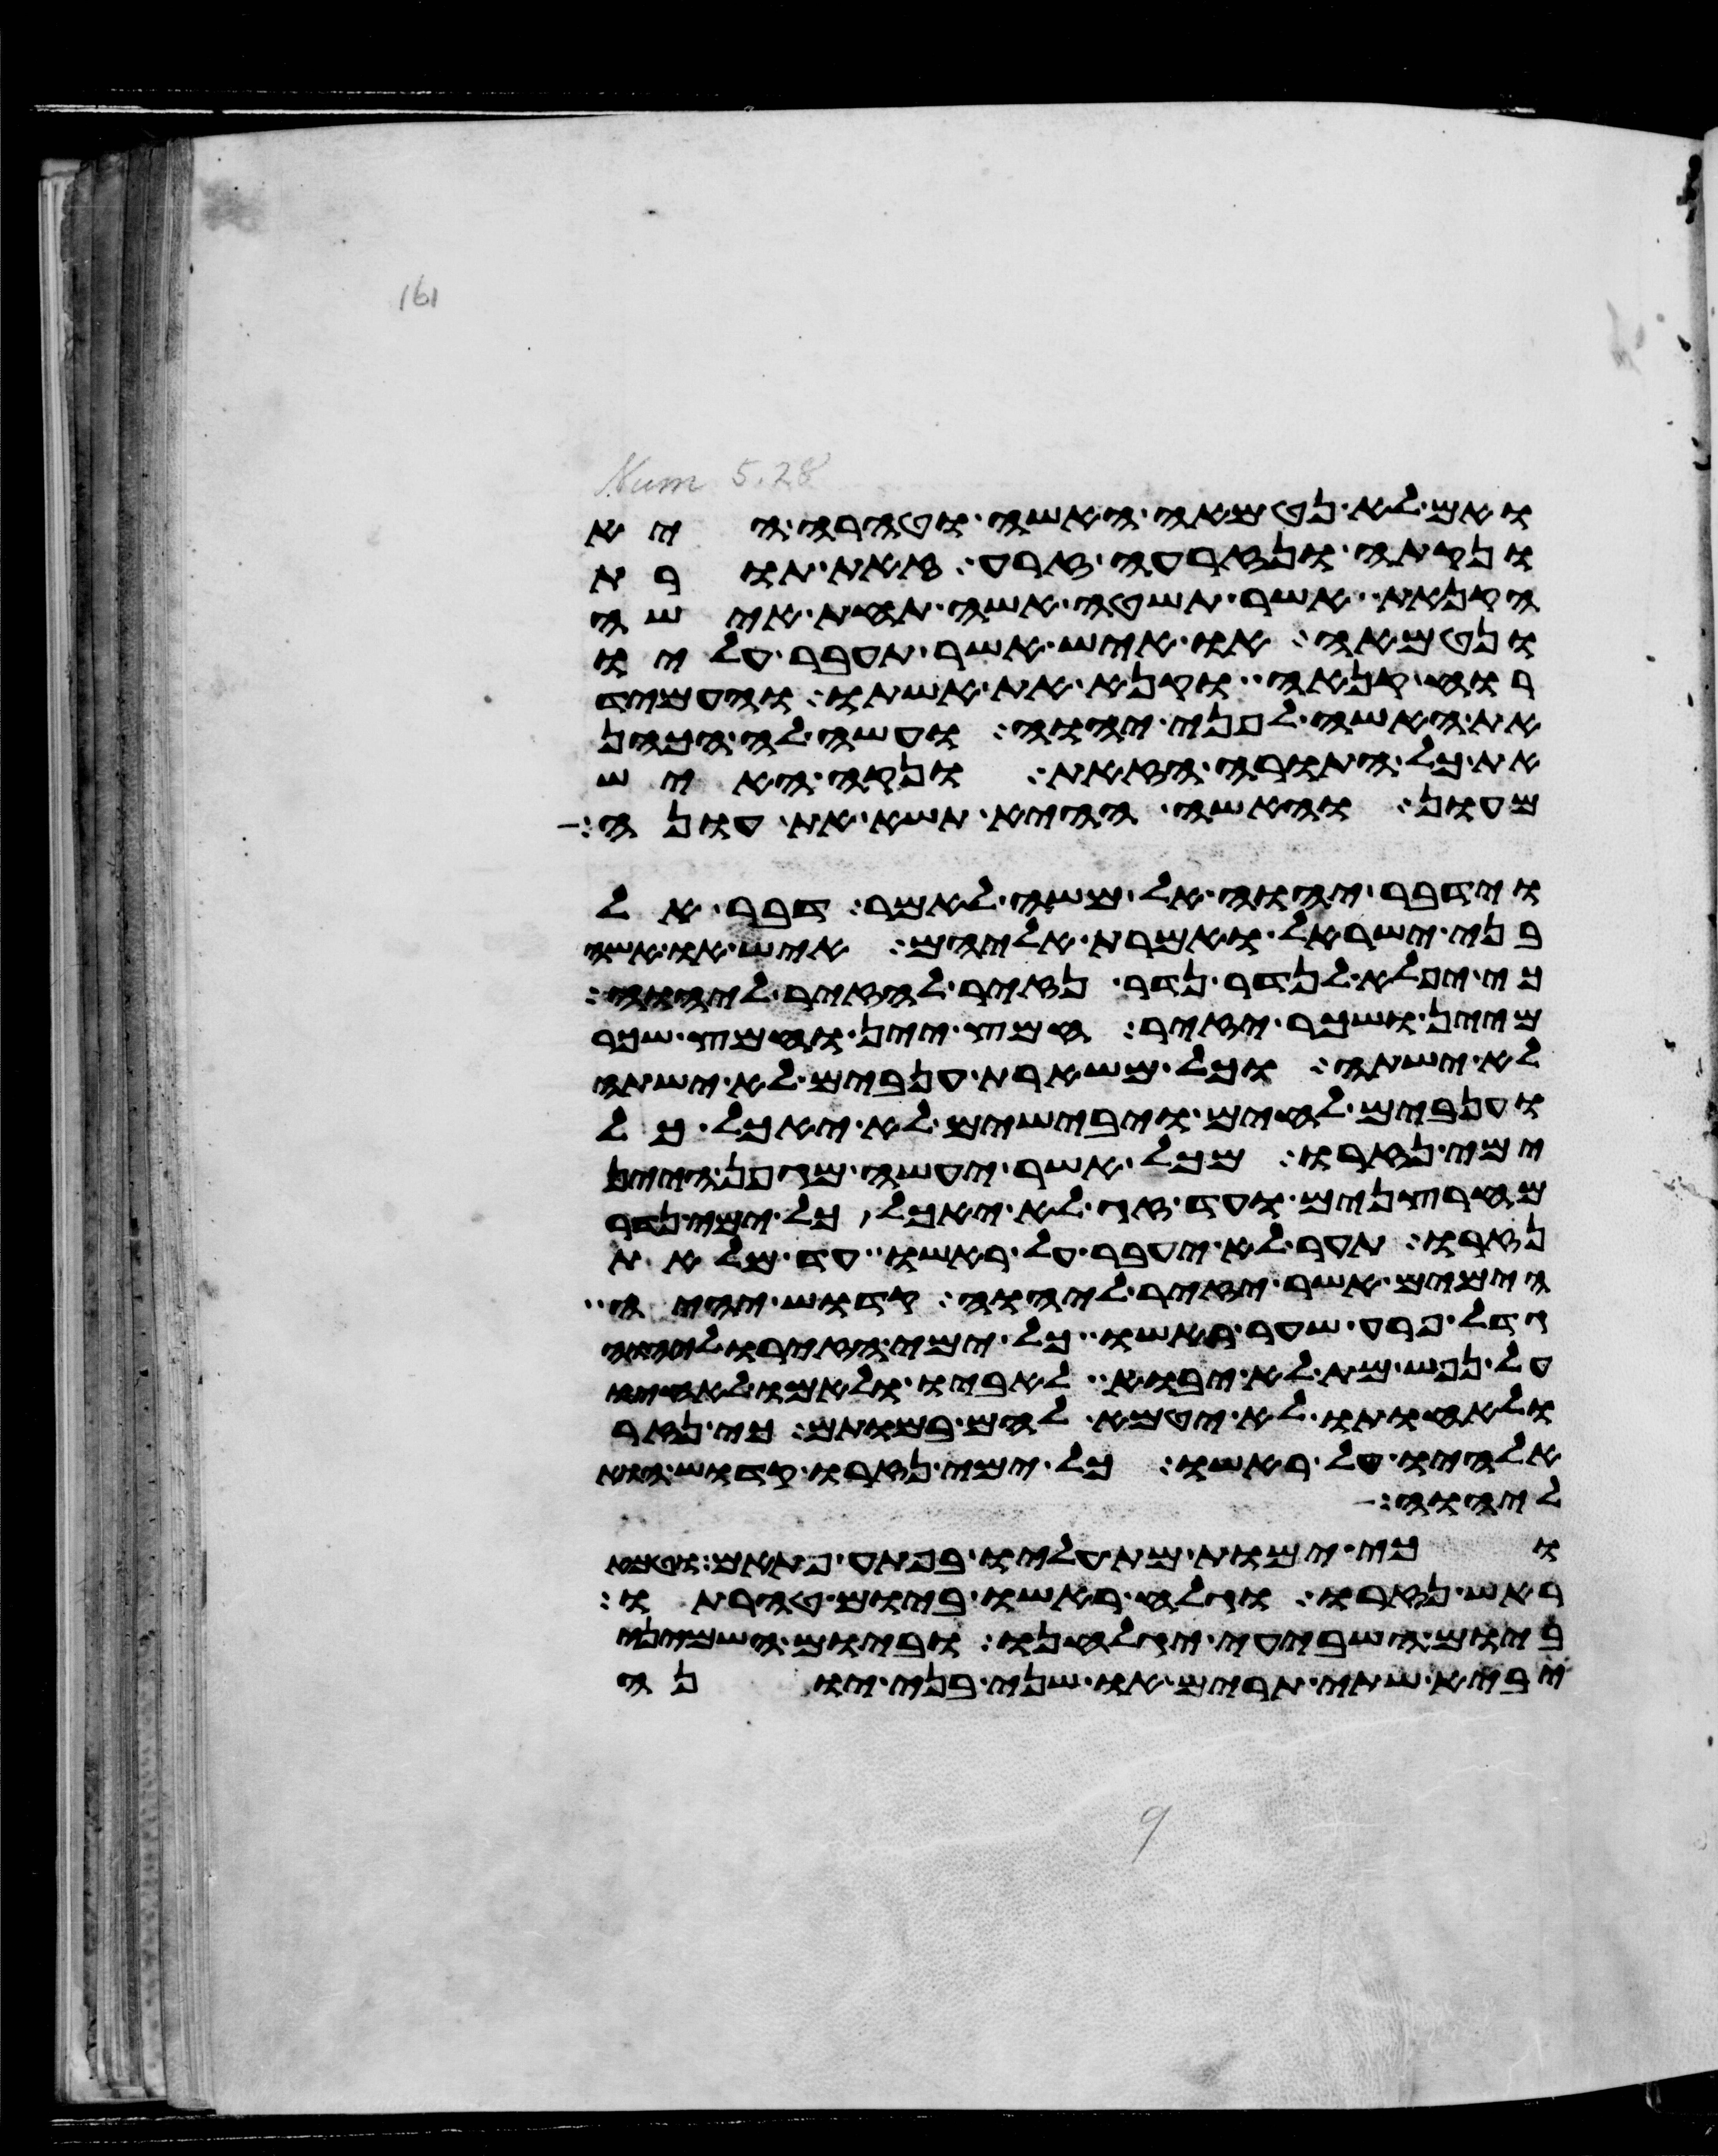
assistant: ואם לא נטמאה האשה וטהרה היא
ונקתה ונזרעה זרע זאת תורת
הקנאת אשר תשטה אשה תחת אישה
ונטמאה או איש אשר תעבר עליו
רוח קנאה וקנא את אשתו והעמיד
את האשה לפני יהוה ועשה לה הכהן
את כל התורה הזאת ונקה האיש
מעון והאשה ההיא תשא את עונה
וידבר יהוה אל משה לאמר דבר אל
בני ישראל ואמרת אליהם איש או אשה
כי יפלא לנדר נדר נזיר להזיר ליהוה
מיין ושכר יזיר חמץ יין וחמץ שכר
לא ישתה וכל משארת ענבים לא ישתה
וענבים לחים ויבישים לא יאכל כל
ימי נזרו מכל אשר יעשה מגפן היין
מחרצנים ועד זג לא יאכל כל ימי נדר
נזרו תער לא יעבר על ראשו עד מלאת
הימים אשר יזיר ליהוה קדוש יהיה
גדל פרע שער ראשו כל ימי הזירו ליהוה
על נפש מת לא יבוא לאביו ולאמו לאחיו
ולאחותו לא יטמא להם במותם כי נזר
אלהיו על ראשו כל ימי נזרו קדוש הוא
ליהוה
וכי ימות מת עליו בפתע פתאם וטמא
ראש נזרו וגלח ראשו ביום טהרתו
ביום השביעי יגלחנו וביום השמיני
יביא שתי תרים או שני בני יונה